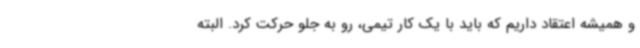
و همیشه اعتقاد داریم که باید با یک کار تیمی، رو به جلو حرکت کرد. البته